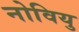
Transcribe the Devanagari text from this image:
नोवियु